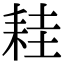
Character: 𦓯